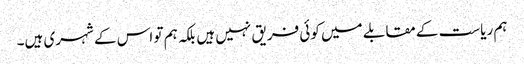
ہم ریاست کے مقابلے میں کوئی فریق نہیں ہیں بلکہ ہم تو اس کے شہری ہیں۔